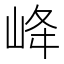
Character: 𡶶